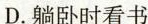
D.躺卧时看书